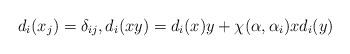
LaTeX: \begin{align*} d_i(x_j)=\delta_{ij}, d_i(xy)=d_i(x)y+\chi(\alpha,\alpha_i)xd_i(y)\end{align*}